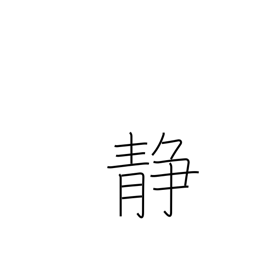
Meaning: quiet